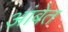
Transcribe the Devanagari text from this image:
आंबेत